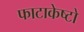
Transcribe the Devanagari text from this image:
फाटाकेष्टो